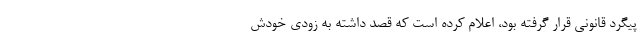
پیگرد قانونی قرار گرفته بود، اعلام کرده است که قصد داشته به زودی خودش